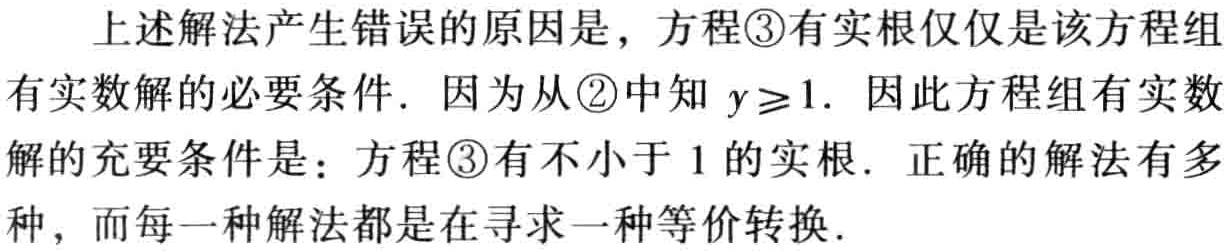
上述解法产生错误的原因是，方程\textcircled{3}有实根仅仅是该方程组有实数解的必要条件. 因为从\textcircled{2}中知 \(y\geq1\). 因此方程组有实数解的充要条件是：方程\textcircled{3}有不小于 \(1\) 的实根. 正确的解法有多种，而每一种解法都是在寻求一种等价转换.